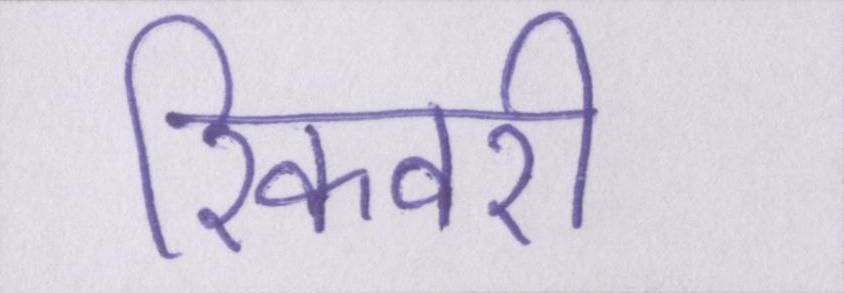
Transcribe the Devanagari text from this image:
रिकवरी